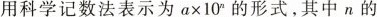
用科学记数法表示为$$a \times 1 0 ^ { n }$$的形式，其中n的